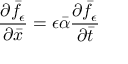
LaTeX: \frac { \partial \bar { f } _ { \epsilon } } { \partial \bar { x } } = \epsilon \bar { \alpha } \frac { \partial \bar { f } _ { \epsilon } } { \partial \bar { t } }